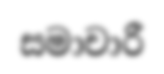
සමාචාරී